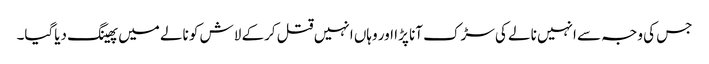
جس کی وجہ سے انہیں نالے کی سڑک آنا پڑا اور وہاں انہیں قتل کرکے لاش کو نالے میں پھینگ دیاگیا۔